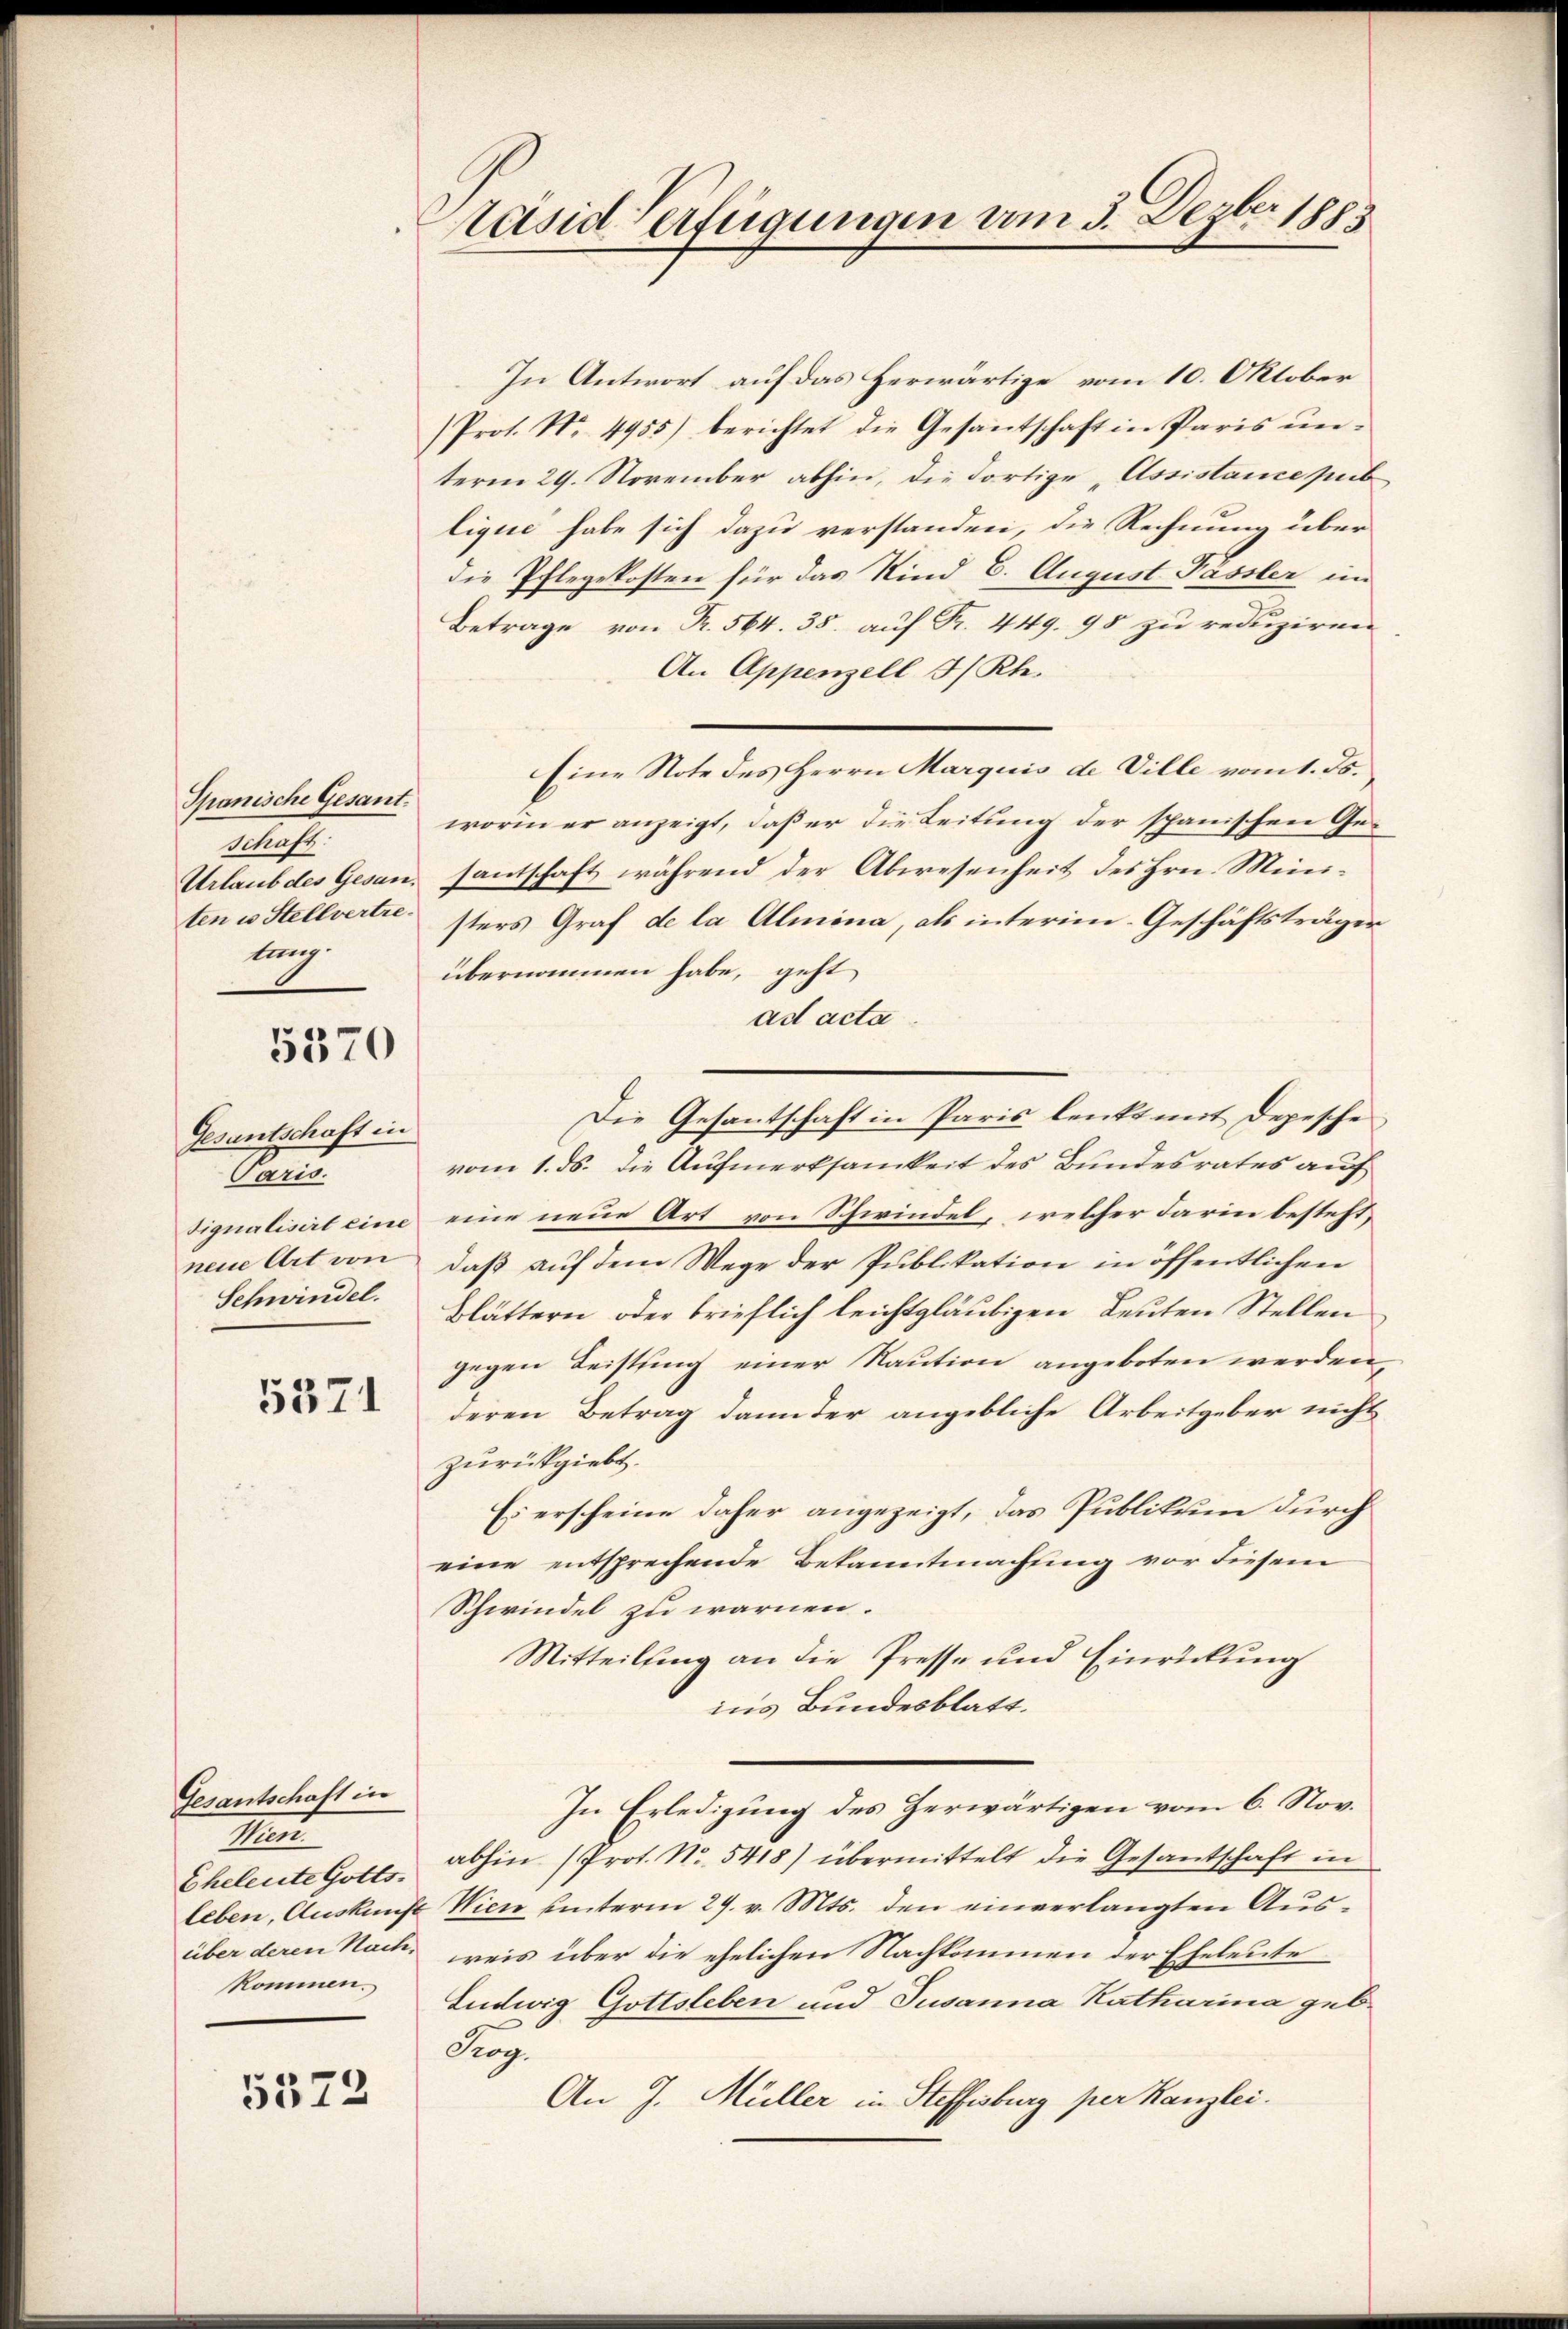
Spanische Gesant.
f
lung.

5570

Gesantschaft in
Paris.
Schwindel.

5371

Gesantschaft in
1
kommen.

5572

Päsid Verfügungen vom 3. Dezbr 1883

In Antwort auf das Herwärtige vom 10. Oktober
Prot. Nr. 4955) berichtet die Gesantschaft in Paris ŭn-
term 29. November abhin, die dortige „Assistance pub
lique habe sich dazu verstanden, die Rechnung über
die Pflegekosten für das Kind 6. August Pässler im
Betrage von R. 564. 35. auf Fr. 449. 95 zu reduziren
An Appenzell I/Rh.
Eine Note des Herrn Marquis de Ville vom 1. ds.
worin er anzeigt, daß er die Leitung der spanischen Ge¬
Urlaub des Gesan, santschaft während der Abwesenheit des Hrn. Mini-
ten u Stellvertre sters Graf de la Almina, als interim Geschäftsträger
übernommen habe, geht
ad acta
vom 1. ds. die Aufmerksamkeit des Bundesrates auf
dignalisirt eine eine neue Art von Schwindel, welcher darin besteht,
neue Art von daβ aŭf dem Wege der Publikation in öffentlichen
Blättern oder brieflich leichtgläubigen Leuten Stellen
gegen Leistung einer Raution angeboten werden,
deren Betrag dann der angebliche Arbeitgeber nicht
zurückgiebt.
Es erscheine daher angezeigt, das Publikum durch
eine entsprechende Bekanntmachung vor diesem
Schwindel zu warnen.
Mitteilung an die Presse und Einrickung
ins Bundesblatt.
In Erledigung des Herwärtigen vom 6. Nov.
Eheleute Gott. abhin (Prot. No. 5418) übermittelt die Gesantschaft in
leben, Auskunft Wien unterm 29. v. Mts. den einverlangten Ausüber deren Nach reis über die ehelichen Nachkommen der Eheleute
Ludwig Gottsleben und Susanna Katharina geb.
Aug.
An J. Müller in Steffisburg per Kanzlei.

Die Gesantschaft in Paris lenkt mit Depesche